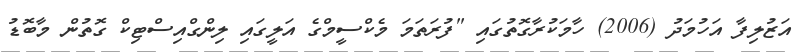
އަޒުލިފާ އަހުމަދު (2006) ހާމަކުރާގޮތުގައި "ފުރަތަމަ މެކްސީމްގެ އަލީގައި ލިންގްއިސްޓިކް ގޮތުން މާބޮޑު